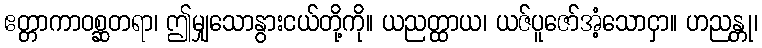
ဧတ္တာကာဝစ္ဆတရာ၊ ဤမျှသောနွားငယ်တို့ကို။ ယညတ္ထာယ၊ ယဇ်ပူဇော်အံ့သောငှာ။ ဟညန္တု၊